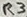
Text: R3